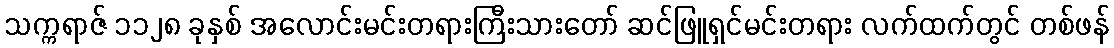
သက္ကရာဇ် ၁၁၂၈ ခုနှစ် အလောင်းမင်းတရားကြီးသားတော် ဆင်ဖြူရှင်မင်းတရား လက်ထက်တွင် တစ်ဖန်